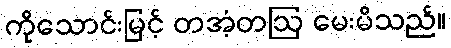
ကိုသောင်းမြင့် တအံ့တဩ မေးမိသည်။